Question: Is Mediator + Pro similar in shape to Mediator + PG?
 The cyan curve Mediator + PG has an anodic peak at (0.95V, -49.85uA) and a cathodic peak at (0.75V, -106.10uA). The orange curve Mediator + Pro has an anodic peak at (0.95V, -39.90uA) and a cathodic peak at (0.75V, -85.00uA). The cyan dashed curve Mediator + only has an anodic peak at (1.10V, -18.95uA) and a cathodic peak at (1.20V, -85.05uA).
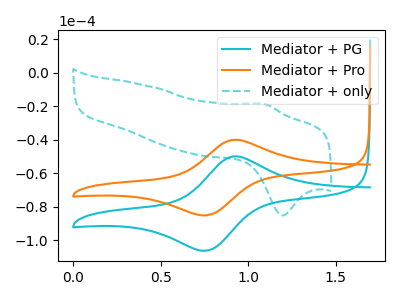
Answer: <think>All the peaks in "Mediator + Pro" have a peak in "Mediator + PG" at the same potential.
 </think>
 <answer>"Mediator + Pro" and "Mediator + PG" are similar in shape.</answer>
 <eval>same_shape</eval>